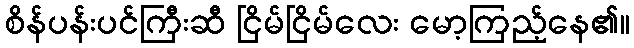
စိန်ပန်းပင်ကြီးဆီ ငြိမ်ငြိမ်လေး မော့ကြည့်နေ၏။